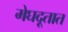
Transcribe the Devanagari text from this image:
मेघदूतात